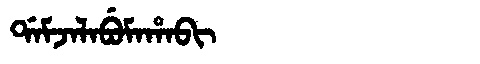
Manchu: ᡩᠠᠮᠵᠠᠯᠠᠪᡠᠮᠠᡥᠠᠪᡳ
Romanization: DAMJALABUMAHABI